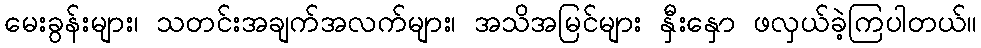
မေးခွန်းများ၊ သတင်းအချက်အလက်များ၊ အသိအမြင်များ နှီးနှော ဖလှယ်ခဲ့ကြပါတယ်။